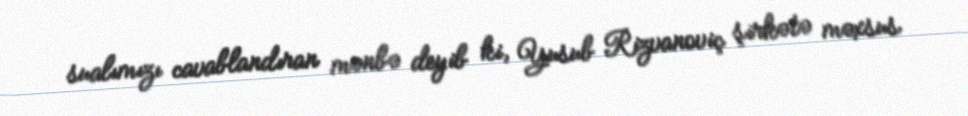
sualımızı cavablandıran mənbə deyib ki, Yusub Rizvanoviç şirkətə məxsus